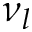
\nu _ { l }